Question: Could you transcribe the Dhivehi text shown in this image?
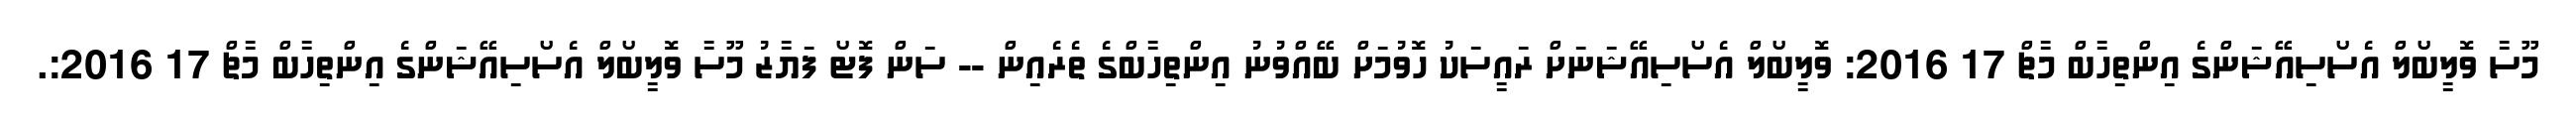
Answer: މޫސާ ވޮލީބޯލް އެސޯސިއޭޝަންގެ އިންތިހާބް މާޗް 17 2016: ވޮލީބޯލް އެސޯސިއޭޝަނަށް ރައީސަކު ހޮވުމަށް ބޭއްވުނު އިންތިހާބްގެ ތެރެއިން -- ސަން ފޮޓޯ ފަޔާޒު މޫސާ ވޮލީބޯލް އެސޯސިއޭޝަންގެ އިންތިހާބް މާޗް 17 2016:.